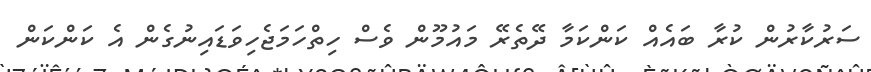
ސަރުކާރުން ކުރާ ބައެއް ކަންކަމާ ދޭތެރޭ މައުމޫން ވެސް ހިތްހަމަޖެހިވަޑައިނުގެން އެ ކަންކަން